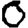
Digit: 0